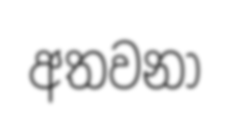
අතවනා